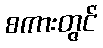
စကားတွင်